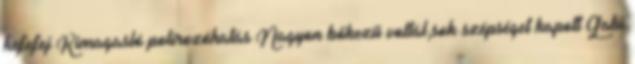
kefefej Kimagasló polírozóhatás Nagyon bőkezű voltál,sok szépséget kapott Gabi